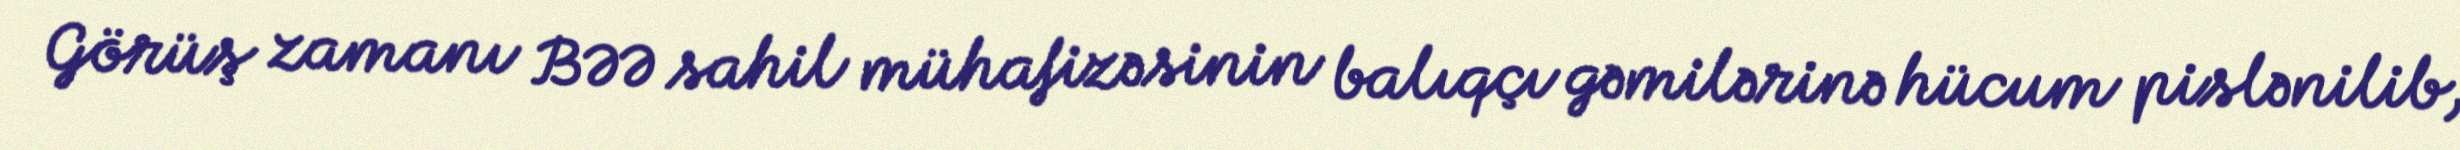
Görüş zamanı BƏƏ sahil mühafizəsinin balıqçı gəmilərinə hücum pislənilib,